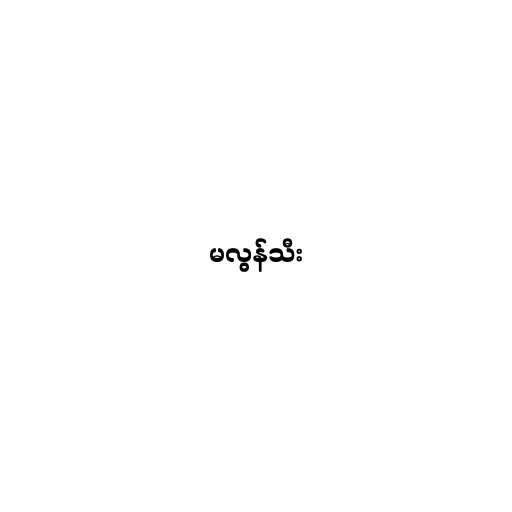
မလွန်သီး